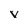
Character: V